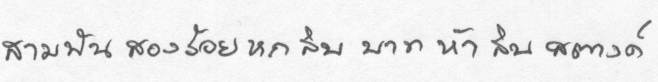
สามพันสองร้อยหกสิบสี่บาทห้าสิบสตางค์